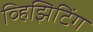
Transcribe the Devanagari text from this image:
व्हिझिटिंग